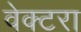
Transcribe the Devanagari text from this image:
वेक्टरा